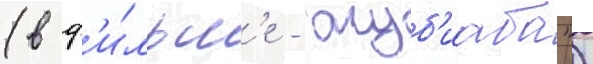
(в ф'и́льм'е - "жуб'иаба")